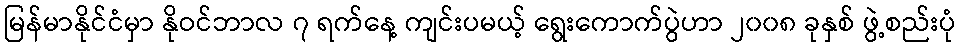
မြန်မာနိုင်ငံမှာ နိုဝင်ဘာလ ၇ ရက်နေ့ ကျင်းပမယ့် ရွေးကောက်ပွဲဟာ ၂၀၀၈ ခုနှစ် ဖွဲ့စည်းပုံ